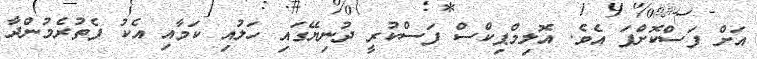
އަށް ފަސްކޮށްފަ އެވެ. އޮލިމްޕިކްސް ފަސްކުރީ ދުނިޔޭގައި ހަލުއި ކަމާއި އެކު ފެތުރެމުންދާ